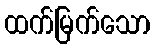
ထက်မြက်သော